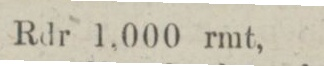
Rdr 1,000 rmt,